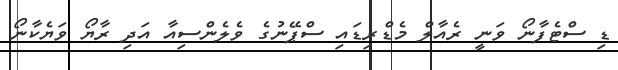
ޑި ސްޓެފާނޯ ވަނީ ރެއާލް މެޑްރިޑައި ސްޕޭނުގެ ވެލެންސިއާ އަދި ރާޔޯ ވަޔެކާނޯ